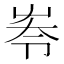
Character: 𡴔